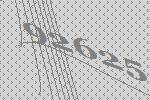
92625